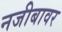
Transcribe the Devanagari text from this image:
नजीबावर